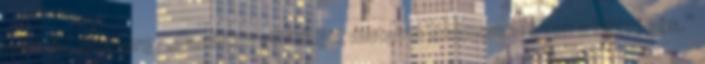
mondta Rosberg. „Hamilton attitűdjét mutatta számomra ezen a hétvégén.”